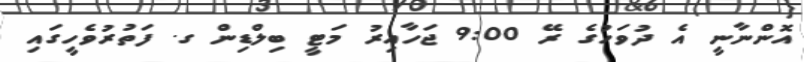
އޮންނާނީ އެ ދުވަހުގެ ރޭ 9:00 ޖަހާއިރު މަޓީ ބިލްޑިން ގ. ފަތުރުވެހީގައި